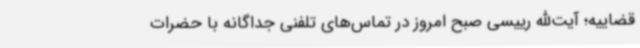
قضاییه؛ آیت‌الله رییسی صبح امروز در تماس‌های تلفنی جداگانه با حضرات